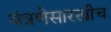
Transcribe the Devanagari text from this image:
यंत्रणेसारखीच